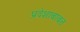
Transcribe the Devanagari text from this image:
प्रदेशाबाबत